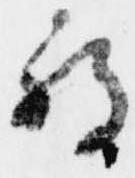
被